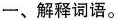
一、解释词语。